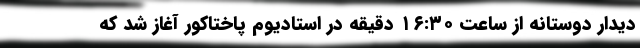
دیدار دوستانه از ساعت ۱۶:۳۰ دقیقه در استادیوم پاختاکور آغاز شد که